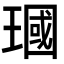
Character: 𪼓